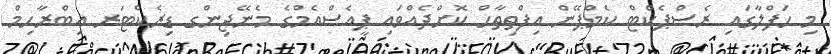
މި ހަފްލާގައި ރެސްޕެކްޓް ކެމްޕޭން އިފްތިތާހް ކޮށްދެއްވައި ޕީއެސްއެމްގެ މެނޭޖިންގ ޑިރެކްޓަރ އިބްރާހިމް